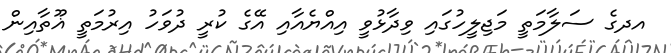
އދގެ ސަލާމަތީ މަޖިލީހުގައި ވިދާޅުވީ އިއްޔެއާއި އޭގެ ކުރީ ދުވަހު އިރުމަތީ ޣޫތާއިން